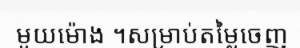
មួយម៉ោង ។សម្រាប់តម្លៃចេញ